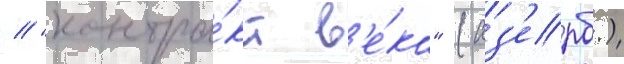
// "контра́кт в'е́ка" (аз'ерб.)